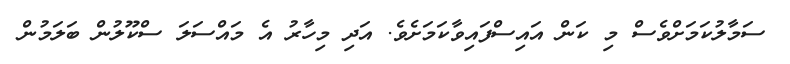
ސަމާލުކަމަށްވެސް މި ކަން އައިސްފައިވާކަމަށެވެ. އަދި މިހާރު އެ މައްސަލަ ސްކޫލުން ބަލަމުން